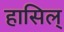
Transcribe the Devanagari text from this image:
हासिल्